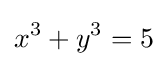
x^{3}+y^{3}=5